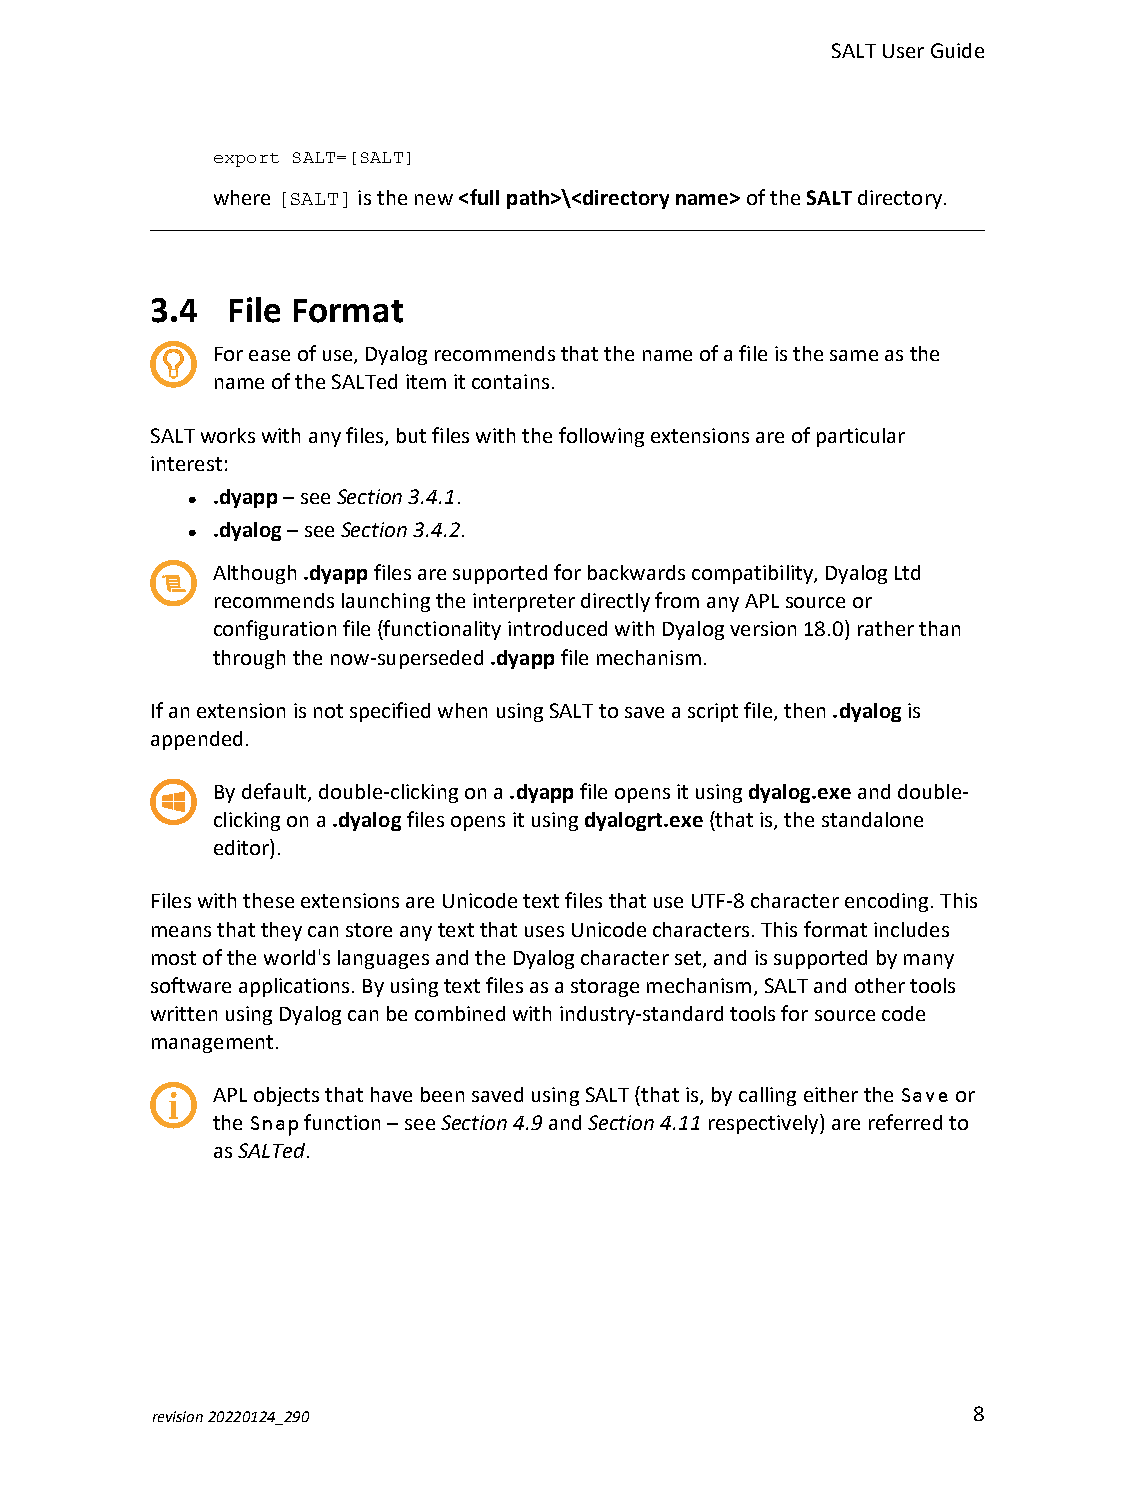
SALTUserGuide
 export SALT=[SALT]
 where[SALT]isthenew<fullpath>\<directoryname>oftheSALTdirectory.
 3.4  File Format
 Foreaseofuse,Dyalogrecommendsthatthenameofafileisthesameasthe
 nameoftheSALTeditemitcontains.
 SALTworkswithanyfiles,butfileswiththefollowingextensionsareofparticular
 interest:
 .dyapp–seeSection 3.4.1.
 l
 .dyalog–seeSection 3.4.2.
 l
 Although.dyappfilesaresupportedforbackwardscompatibility,DyalogLtd
 recommendslaunchingtheinterpreterdirectlyfromanyAPLsourceor
 configurationfile(functionalityintroducedwithDyalogversion18.0)ratherthan
 throughthenow-superseded.dyappfilemechanism.
 IfanextensionisnotspecifiedwhenusingSALTtosaveascriptfile,then.dyalogis
 appended.
 Bydefault,double-clickingona.dyappfileopensitusingdyalog.exeanddouble-
 clickingona.dyalogfilesopensitusingdyalogrt.exe(thatis,thestandalone
 editor).
 FileswiththeseextensionsareUnicodetextfilesthatuseUTF-8characterencoding.This
 meansthattheycanstoreanytextthatusesUnicodecharacters.Thisformatincludes
 mostoftheworld'slanguagesandtheDyalogcharacterset,andissupportedbymany
 softwareapplications.Byusingtextfilesasastoragemechanism,SALTandothertools
 writtenusingDyalogcanbecombinedwithindustry-standardtoolsforsourcecode
 management.
 APLobjectsthathavebeensavedusingSALT(thatis,bycallingeithertheSaveor
 theSnapfunction–seeSection 4.9andSection 4.11respectively)arereferredto
 asSALTed.
 revision20220124_290                                  8